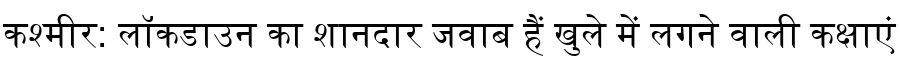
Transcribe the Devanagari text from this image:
कश्मीर: लॉकडाउन का शानदार जवाब हैं खुले में लगने वाली कक्षाएं